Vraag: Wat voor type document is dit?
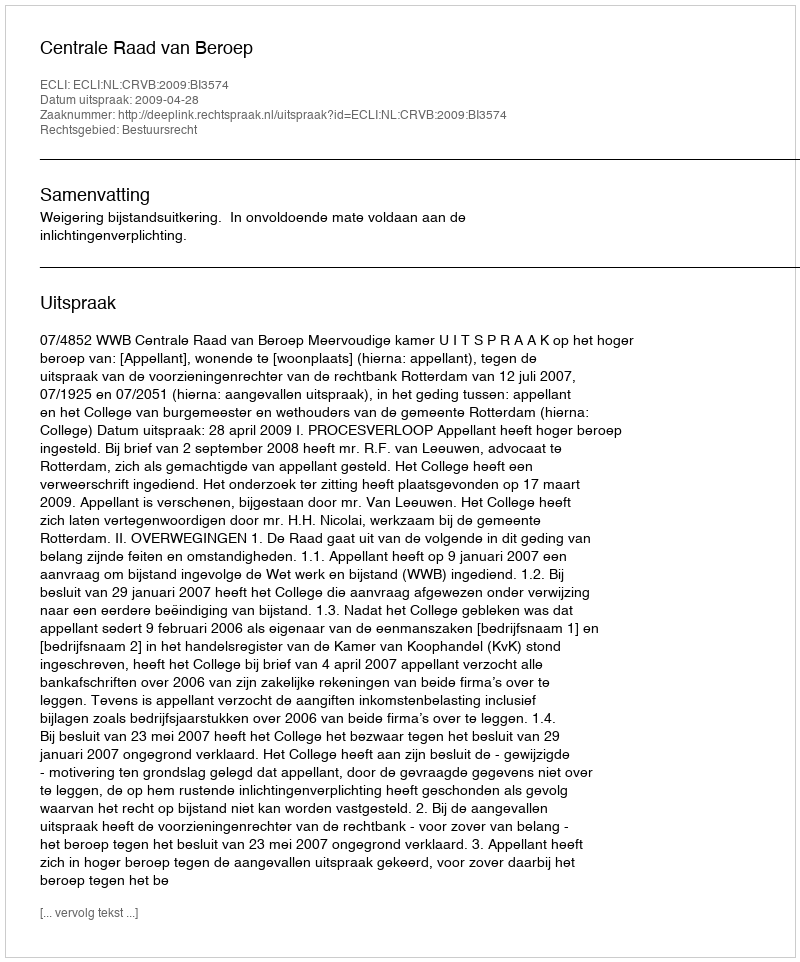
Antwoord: Uitspraak